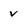
Character: v